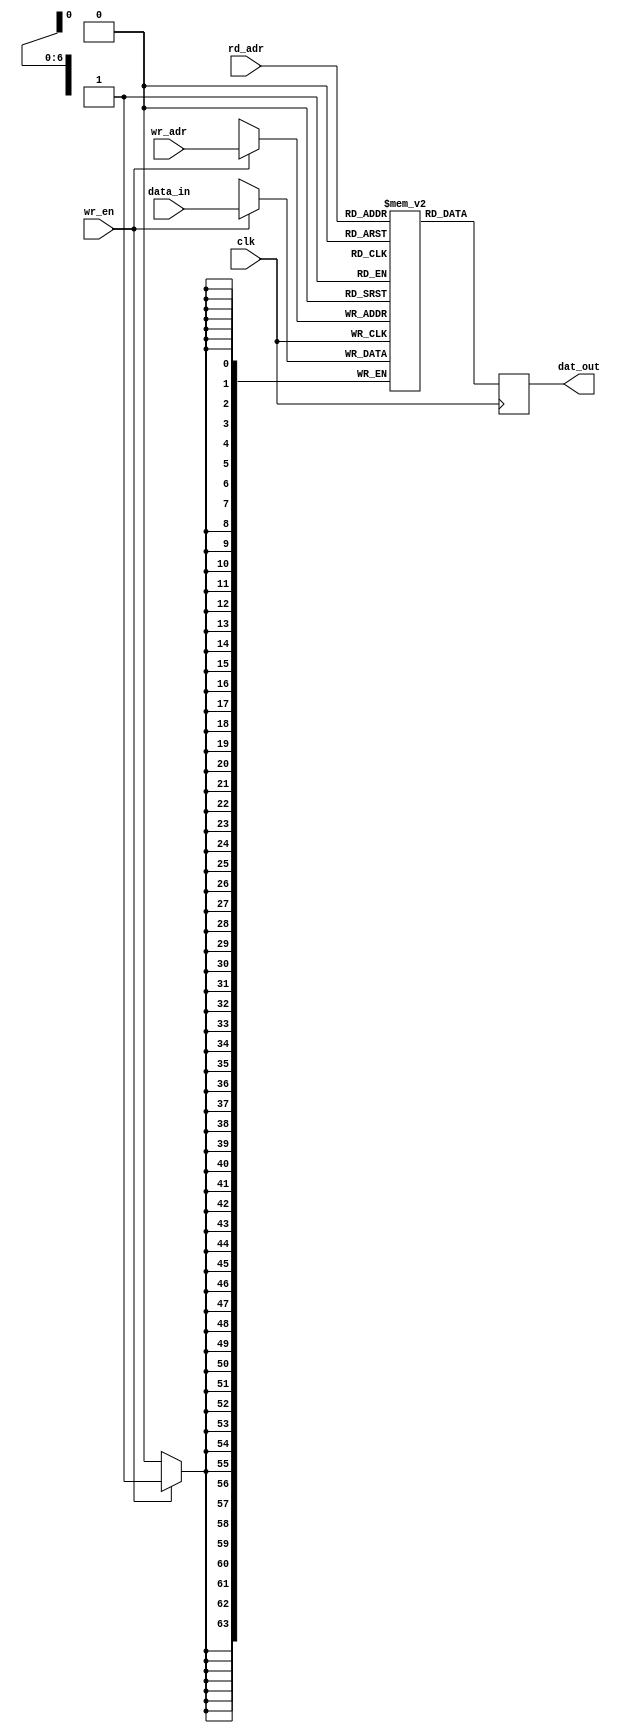
`timescale 1ns / 1ps

// Dual port memory
module dp_mem(
    input clk,
    input [63:0] data_in,
    input [6:0] wr_adr,
    input wr_en,
    input [6:0] rd_adr,
    output reg [63:0] dat_out
    );
    
    reg [63:0] mem[0:127];
    
    always @(posedge clk)
        begin
            if (wr_en)
                mem[wr_adr] <= data_in;
          
            dat_out <= mem[rd_adr];
        end
endmodule